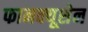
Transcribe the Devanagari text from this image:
फानक्यूशेन